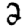
Digit: 2